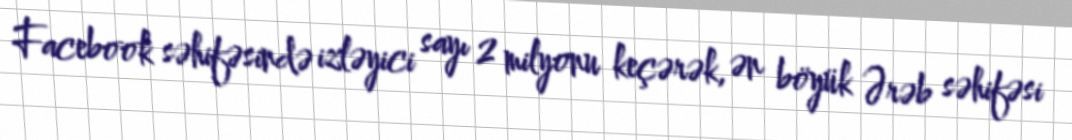
Facebook səhifəsində izləyici sayı 2 milyonu keçərək, ən böyük Ərəb səhifəsi